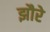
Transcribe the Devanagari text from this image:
झौरे